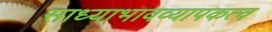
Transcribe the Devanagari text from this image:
साध्याभावव्यापकत्व